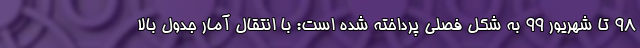
98 تا شهریور 99 به شکل فصلی پرداخته شده است: با انتقال آمار جدول بالا